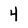
Character: 4